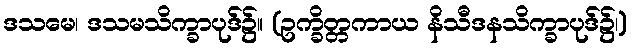
ဒသမေ၊ ဒသမသိက္ခာပုဒ်၌။ (ဥက္ခိတ္တကာယ နိသီဒနသိက္ခာပုဒ်၌၊)